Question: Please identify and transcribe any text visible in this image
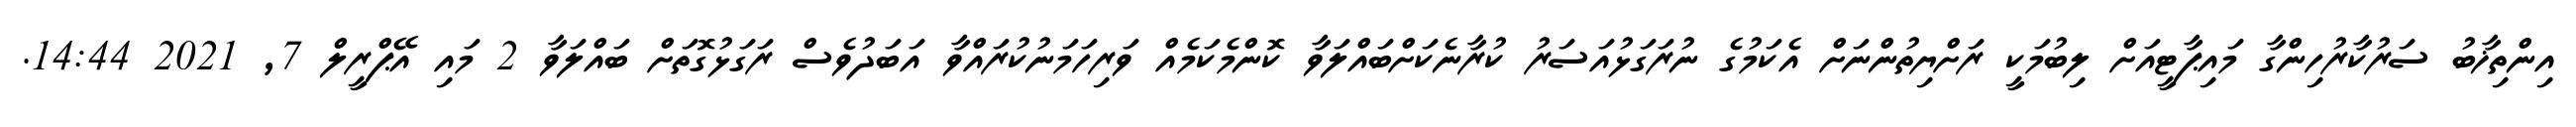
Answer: އިންތިޚާބު ސަރުކާރުހިންގާ މައިޕާޓީއަށް ލިބުމަކީ ރަށްޔިތުންނަށް އެކަމުގެ ނުރަގަޅުއަސަރު ކުރާނެކަށްބައްލަވާ ކޮންމެކަމެއް ވަރިހަމަނުކުރައްވާ އަބަދުވެސް ރަގަޅުގޮތަށް ބައްލަވާ 2 މައި އޭޕްރީލް 7, 2021 14:44.